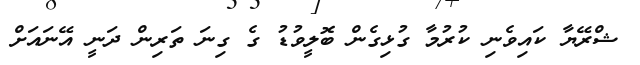
ޝްރޭޔާ ކައިވެނި ކުރުމާ ގުޅިގެން ބޮލީވުޑު ގެ ގިނަ ތަރިން ދަނީ އޭނައަށް